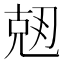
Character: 𠒘